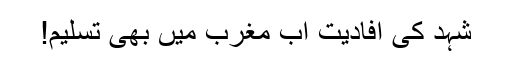
شہد کی افادیت اب مغرب میں بھی تسلیم!